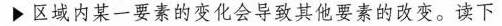
区域内某一要素的变化会导致其他要素的改变。读